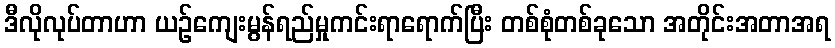
ဒီလိုလုပ်တာဟာ ယဉ်ကျေးမွန်ရည်မှုကင်းရာရောက်ပြီး တစ်စုံတစ်ခုသော အတိုင်းအတာအရ